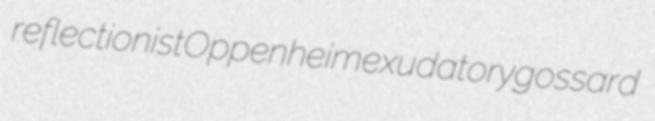
reflectionist Oppenheim exudatory gossard